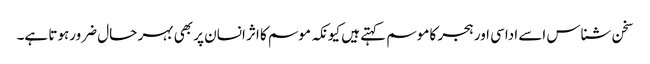
سخن شناس اسے اداسی اور ہجر کا موسم کہتے ہیں کیونکہ موسم کا اثر انسان پر بھی بہر حال ضرورہوتا ہے۔